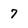
Character: 7